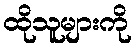
ထိုသူများကို